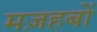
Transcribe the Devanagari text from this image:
मज़हबों